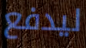
ليدفع